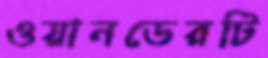
ওয়ানডেরটি